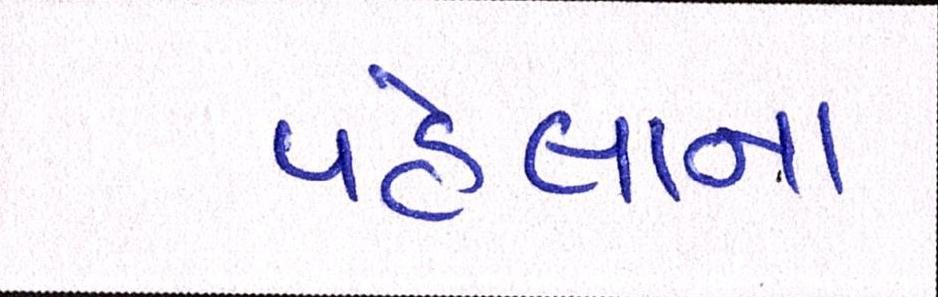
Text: પહેલાના